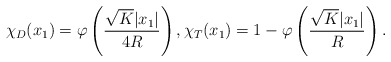
\begin{align*}\chi_D(x_1) = \varphi\left(\frac{\sqrt{K} |x_1|}{4R}\right), \chi_T(x_1) = 1-\varphi\left(\frac{\sqrt{K} |x_1|}{R}\right). \end{align*}